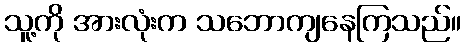
သူ့ကို အားလုံးက သဘောကျနေကြသည်။